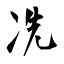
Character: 冼